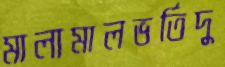
মালামালভর্তিদু